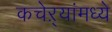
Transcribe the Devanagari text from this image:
कचेऱ्यांमध्ये